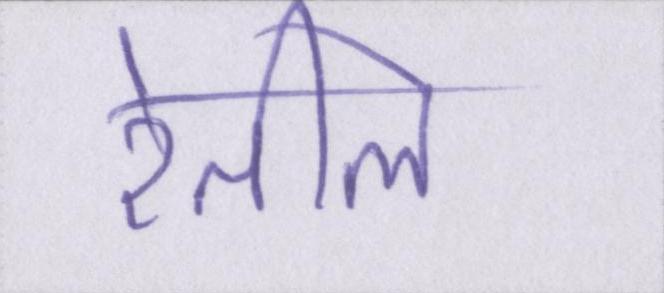
रेतीले